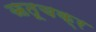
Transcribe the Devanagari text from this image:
ऋतूचक्र